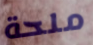
ملحة